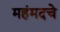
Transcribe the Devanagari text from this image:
महंमदचे